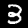
Digit: 3